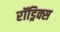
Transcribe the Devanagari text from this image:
रॉड्रिक्स